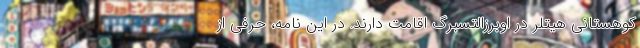
کوهستانی هیتلر در اوبرزالتسبِرگ اقامت دارند. در این نامه، حرفی از